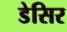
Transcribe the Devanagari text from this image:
डेसिर